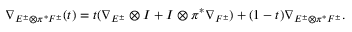
\nabla _ { E ^ { \pm } \otimes \pi ^ { * } F ^ { \pm } } ( t ) = t ( \nabla _ { E ^ { \pm } } \otimes I + I \otimes \pi ^ { * } \nabla _ { F ^ { \pm } } ) + ( 1 - t ) \nabla _ { E ^ { \pm } \otimes \pi ^ { * } F ^ { \pm } } .